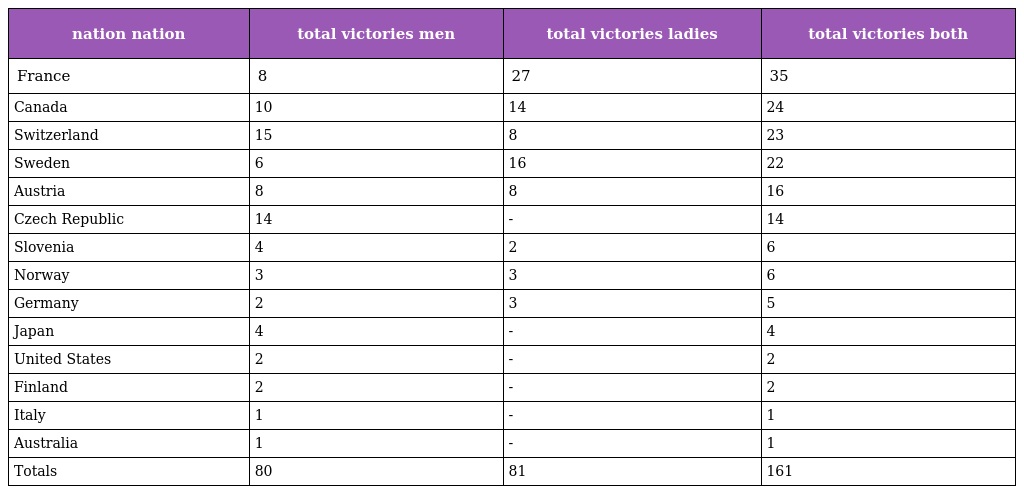
| nation nation | total victories men | total victories ladies | total victories both |
 | --- | --- | --- | --- |
 | France | 8 | 27 | 35 |
 | Canada | 10 | 14 | 24 |
 | Switzerland | 15 | 8 | 23 |
 | Sweden | 6 | 16 | 22 |
 | Austria | 8 | 8 | 16 |
 | Czech Republic | 14 | - | 14 |
 | Slovenia | 4 | 2 | 6 |
 | Norway | 3 | 3 | 6 |
 | Germany | 2 | 3 | 5 |
 | Japan | 4 | - | 4 |
 | United States | 2 | - | 2 |
 | Finland | 2 | - | 2 |
 | Italy | 1 | - | 1 |
 | Australia | 1 | - | 1 |
 | Totals | 80 | 81 | 161 |